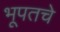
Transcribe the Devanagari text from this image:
भूपतचे